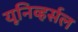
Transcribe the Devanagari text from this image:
यूनिव्हर्सल